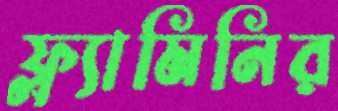
ফ্ল্যামিনির